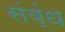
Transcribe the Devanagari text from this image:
संब्ंध